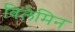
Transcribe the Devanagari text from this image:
विलेमिन